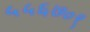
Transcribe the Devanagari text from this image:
५५६७०९